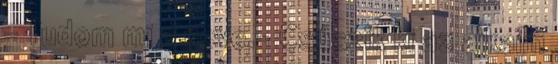
- Tudom mi a neve.- Csúszik ki az ajkaim